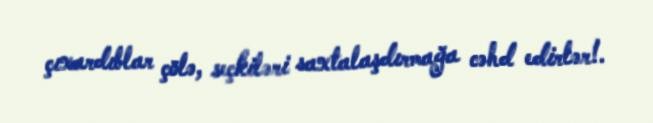
çıxardıblar çölə, seçkiləri saxtalaşdırmağa cəhd edirlər!.